Indian journal of veterinary science and animal husbandry - Volume 9,
Year: 1939
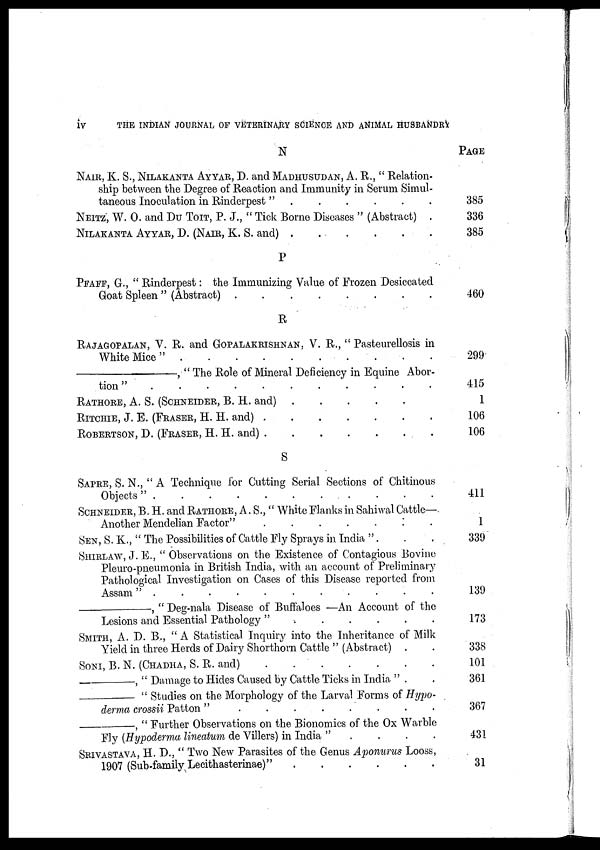
iv
THE INDIAN JOURNAL OF VETERINARY SCIENCE AND ANIMAL HUSBANDRY
N
NAIR, K. S., NILAKANTA AYYAR, D. and MADHUSUDAN, A. R., " Relation-
ship between the Degree of Reaction and Immunity in Serum Simul-
taneous Inoculation in Rinderpest " . . . . . .
NEITZ, W. O. and DU TOIT, P. J., " Tick Borne Diseases " (Abstract) .
NILAKANTA AYYAR, D. (NAIR, K. S. and)
.
.
.
.
.
.
P
PFAFF, G., " Rinderpest : the Immunizing Value of Frozen Desiccated
Goat Spleen " (Abstract)
.
.
.
.
.
.
.
.
R
RAJAGOPALAN, V. R. and GOPALAKRISHNAN, V. R., " Pasteurellosis in
White Mice"
.
.
.
.
.
.
.
.
.
.
—,
" The Role of Mineral Deficiency in Equine Abor-
tion "
.
.
.
.
.
.
.
.
.
.
.
RATHORE, A. S. (SCHNEIDER, B. H. and)
.
.
.
.
.
RITCHIE, J. E. (FRASER, H. H. and)
.
.
.
.
.
ROBERTSON, D. (FRASER, H. H. and)
.
.
.
.
.
S
SAPRE, S. N., "A Technique for Cutting Serial Sections of Chitinous
Objects"
.
.
.
.
.
.
.
.
.
.
.
SCHNEIDER, B. H. and RATHORE, A. S., " White Flanks in Sahiwal Cattle—
Another Mendelian Factor"
.
.
.
.
.
.
.
SEN, S. K., " The Possibilities of Cattle Fly Sprays in India " . . .
SHIRLAW, J. E., " Observations on the Existence of Contagious Bovine
Pleuro-pneumonia in British India, with an account of Preliminary
Pathological Investigation on Cases of this Disease reported from
Assam "
.
.
.
.
.
.
.
.
.
.
—,
" Deg-nala Disease of Buffaloes —An Account of the
Lesions and Essential Pathology " . . . . . .
SMITH, A. D. B., "A Statistical Inquiry into the Inheritance of Milk
Yield in three Herds of Dairy Shorthorn Cattle " (Abstract) . .
SONI, B. N. (CHADHA, S. R. and)
.
.
.
.
.
.
.
—,
" Damage to Hides Caused by Cattle Ticks in India " . .
—
" Studies on the Morphology of the Larval Forms of Hypo-
derma crossii Patton "
.
.
.
.
.
.
.
.
—,
" Further Observations on the Bionomics of the Ox Warble
Fly (Hypoderma lineatum de Villers) in India " . . . .
SRIVASTAVA, H. D., " Two New Parasites of the Genus Aponurus Looss,
1907 (Sub-family Lecithasterinae)"
.
.
.
.
.
.
PAGE
385
336
385
460
299
415
1
106
106
411
1
339
139
173
338
101
361
367
431
31